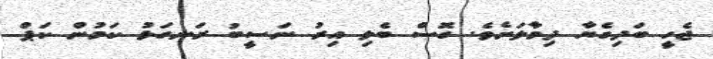
ޖެހީ ބަދިގެޔާ ދިމާލަށެވެ. ގޮސް ބެލި އިރު ނަސީބު ރަނގަޅު ކަމުން ކަޕް